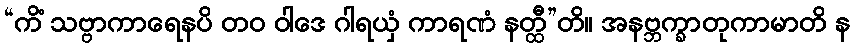
“ကိံ သဗ္ဗာကာရေနပိ တဝ ဝါဒေ ဂါရယှံ ကာရဏံ နတ္ထီ”တိ။ အနဗ္ဘက္ခာတုကာမာတိ န